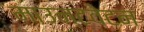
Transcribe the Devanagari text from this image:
माउन्टवेटन